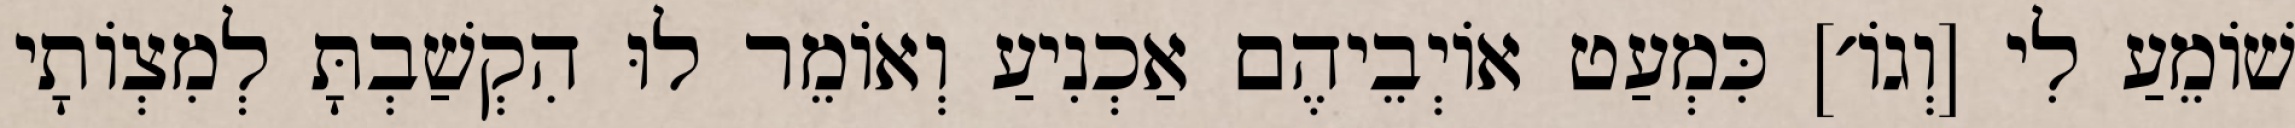
שׁוֹמֵעַ לִי [וְגוֹ׳] כִּמְעַט אוֹיְבֵיהֶם אַכְנִיעַ וְאוֹמֵר לוּ הִקְשַׁבְתָּ לְמִצְוֹתָי